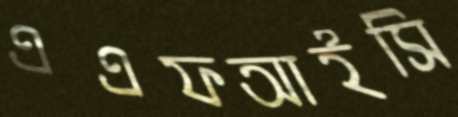
এএফআইসি